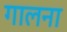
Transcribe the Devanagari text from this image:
गालना